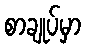
စာချုပ်မှာ